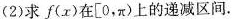
(2)求f(x)在[0，π)上的递减区间.